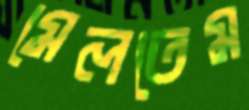
মেলতেম